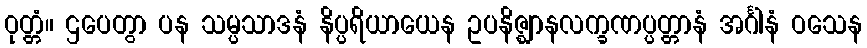
ဝုတ္တံ။ ဌပေတွာ ပန သမ္ပသာဒနံ နိပ္ပရိယာယေန ဥပနိဇ္ဈာနလက္ခဏပ္ပတ္တာနံ အင်္ဂါနံ ဝသေန